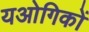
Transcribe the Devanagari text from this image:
यओगिकों